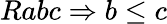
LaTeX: Rabc\Rightarrow b\leq c